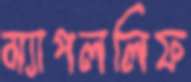
ম্যাপললিফ